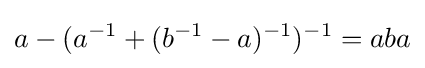
a-(a^{-1}+(b^{-1}-a)^{-1})^{-1}=aba